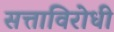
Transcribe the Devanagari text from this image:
सत्ताविरोधी